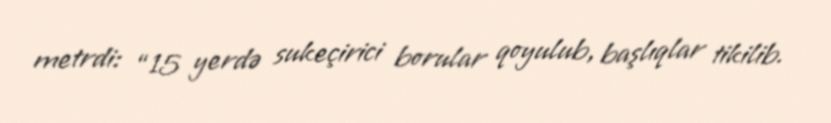
metrdi: “15 yerdə sukeçirici borular qoyulub, başlıqlar tikilib.